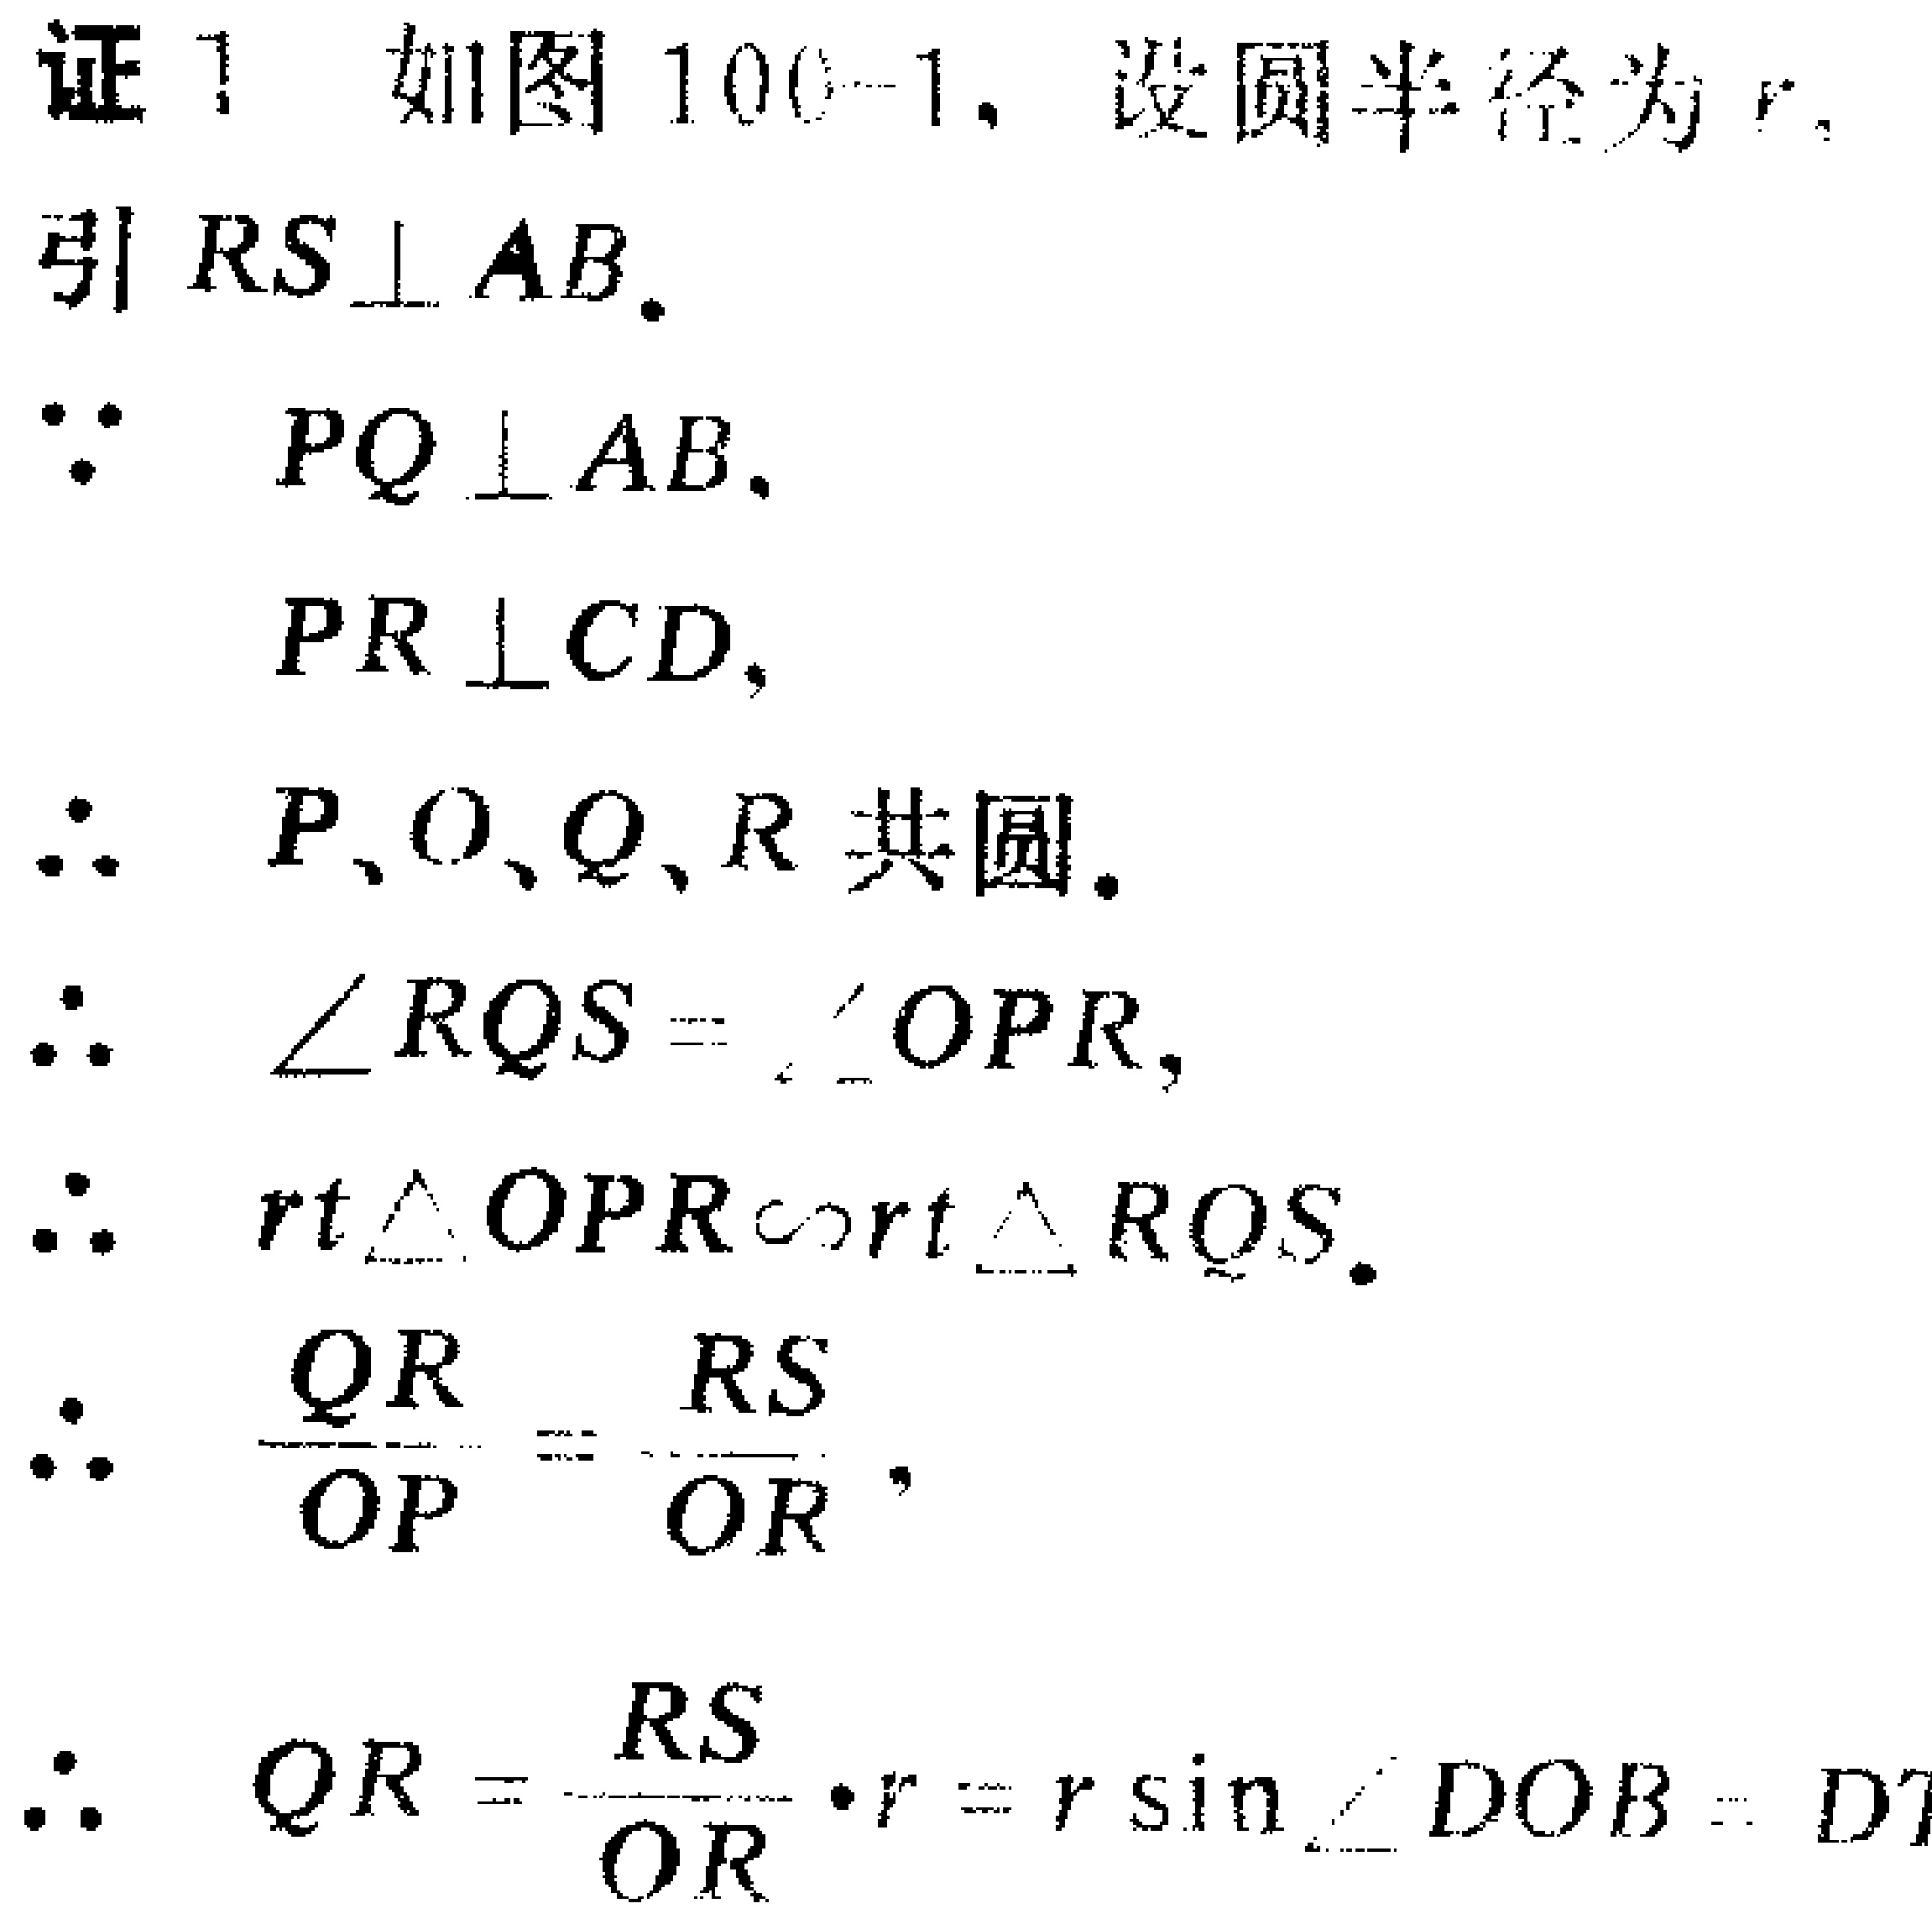
证1 如图100 - 1，设圆半径为\(r\)，

引\(RS\perp AB\)。

\(\because PQ\perp AB\)，

\(PR\perp CD\)，

\(\therefore P,O,Q,R\)共圆。

\(\therefore \angle RQS=\angle OPR\)，

\(\therefore rt\triangle OPR\sim rt\triangle RQS\)。

\(\therefore \frac{QR}{OP}=\frac{RS}{OR}\)，

\(\therefore QR = \frac{RS}{OR}\cdot r=r\sin\angle DOB = DT\)